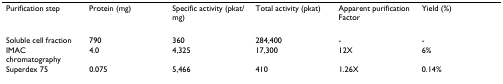
| Purification step | Protein (mg) | Specific activity (pkat/mg) | Total activity (pkat) | Apparent purification Factor | Yield (%) |
 | --- | --- | --- | --- | --- | --- |
 | Soluble cell fraction | 790 | 360 | 284,400 | - | - |
 | IMAC chromatography | 4.0 | 4,325 | 17,300 | 12X | 6% |
 | Superdex 75 | 0.075 | 5,466 | 410 | 1.26X | 0.14% |